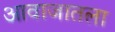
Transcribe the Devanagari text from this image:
आवाजातला